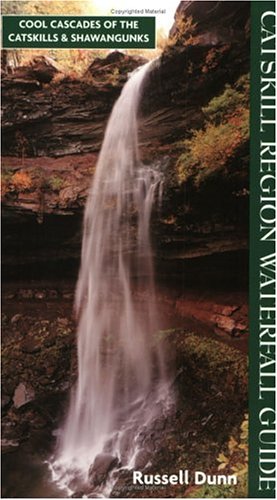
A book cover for Catskill Region Waterfall Guide; Russell Dunn; Science & Math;